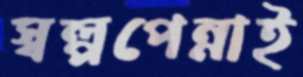
স্বল্পপেন্নাই